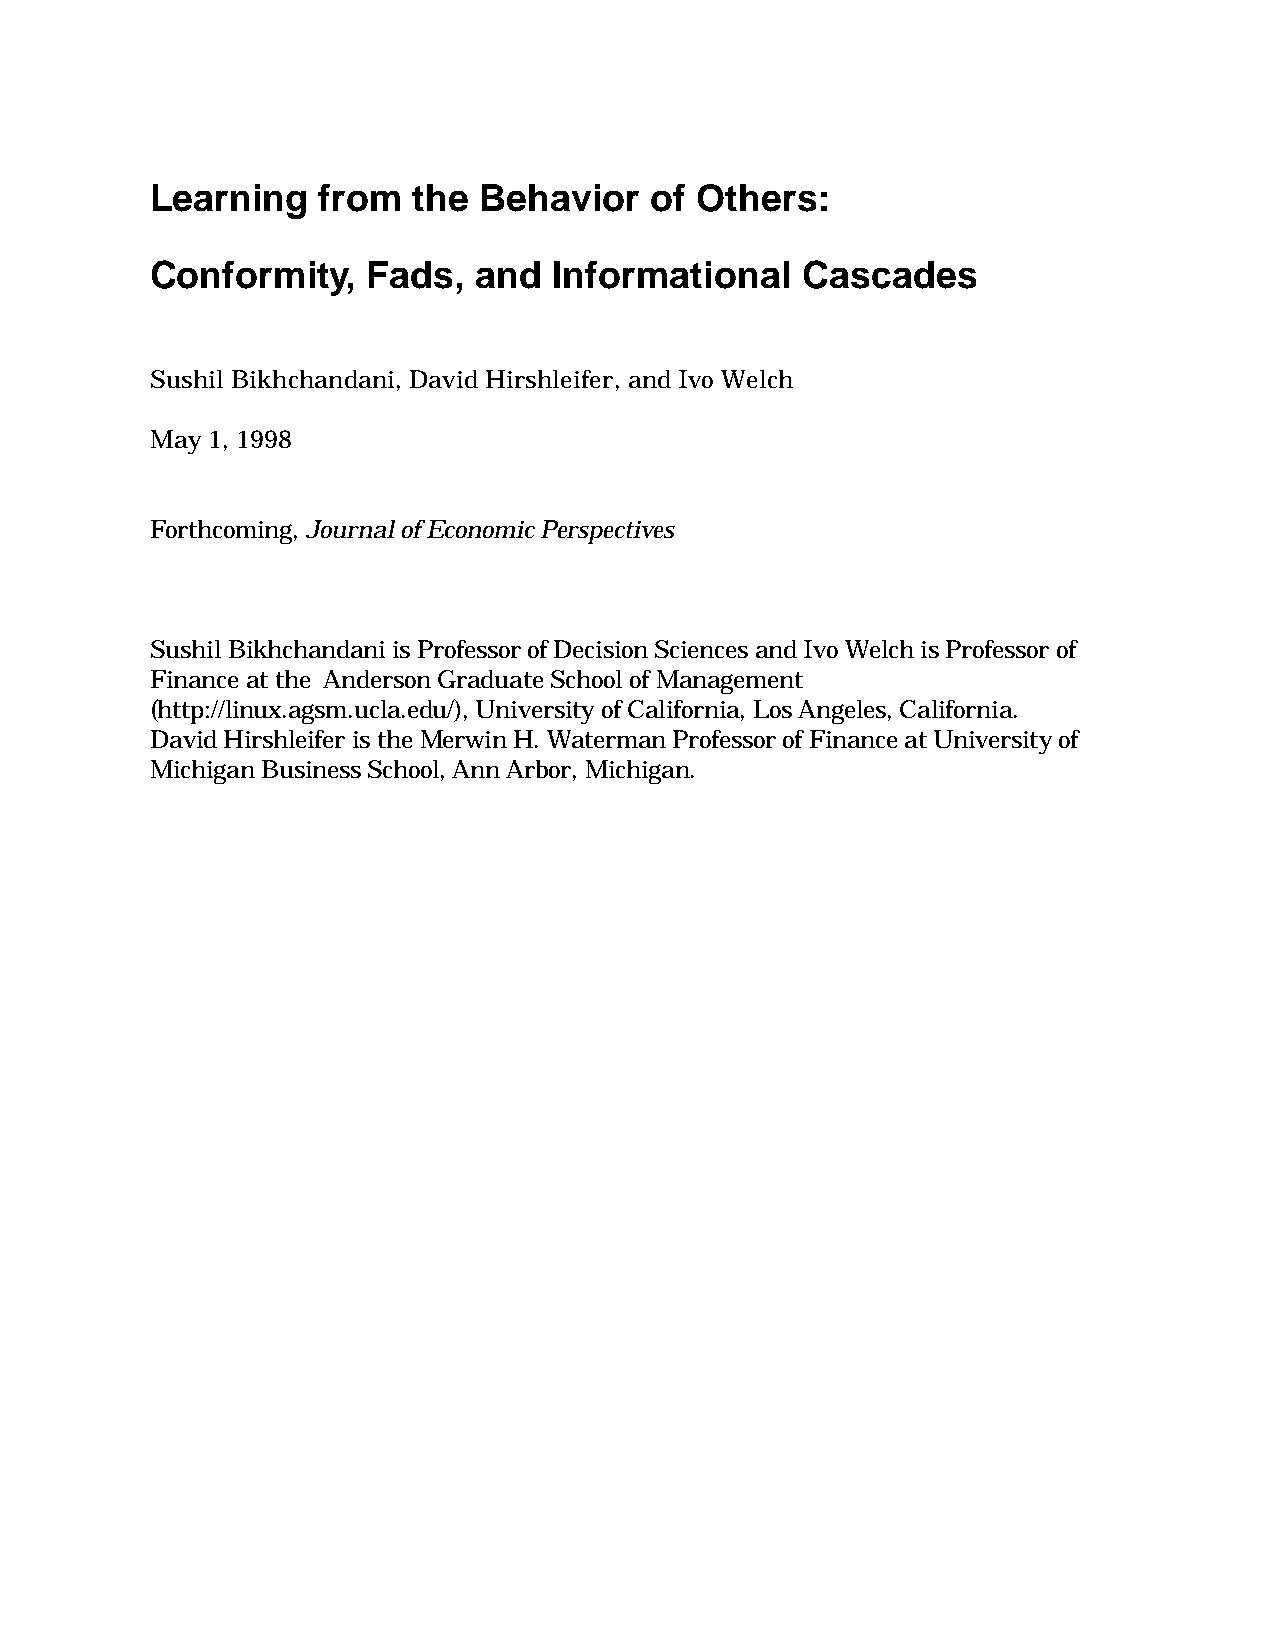
Learning   from  the  Behavior   of Others:
 Conformity,    Fads,  and  Informational   Cascades
 Sushil Bikhchandani, David Hirshleifer, and Ivo Welch
 May 1, 1998
 Forthcoming, Journal of Economic Perspectives
 Sushil Bikhchandani is Professor of Decision Sciences and Ivo Welch is Professor of
 Finance at the Anderson Graduate School of Management
 (http://linux.agsm.ucla.edu/), University of California, Los Angeles, California.
 David Hirshleifer is the Merwin H. Waterman Professor of Finance at University of
 Michigan Business School, Ann Arbor, Michigan.